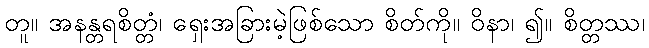
တူ။ အနန္တရစိတ္တံ၊ ရှေးအခြားမဲ့ဖြစ်သော စိတ်ကို။ ဝိနာ၊ ၍။ စိတ္တဿ၊